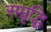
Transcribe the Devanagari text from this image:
सम्रृद्धि